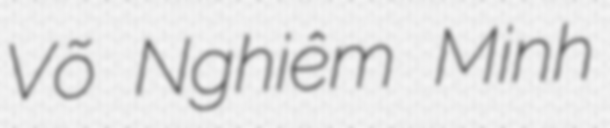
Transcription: Võ Nghiêm Minh